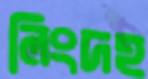
লিংদহ